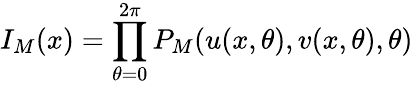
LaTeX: I_{M}(x)=\prod_{\theta=0}^{2\pi}P_{M}(u(x,\theta),v(x,\theta),\theta)